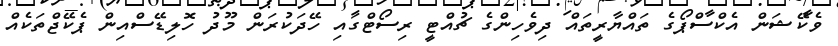
ވެކޭޝަން އެކްސްޕޯގެ ތައްޔާރީތައް ދިވެހިންގެ ޗުއްޓީ ރިސޯޓްގައި ހޭދަކުރަން މޫދު ހޮލިޑޭސްއިން ޕެކޭޖްތަކެއް